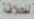
للحلاقة